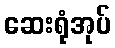
ဆေးရုံအုပ်